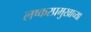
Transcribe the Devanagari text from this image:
लष्करप्रमुखाच्या